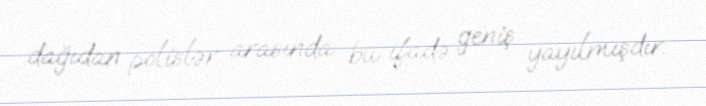
dağıdan polislər arasında bu ifadə geniş yayılmışdır.